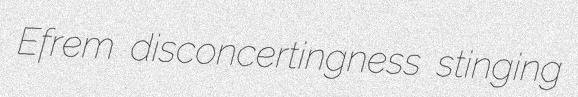
Efrem disconcertingness stinging